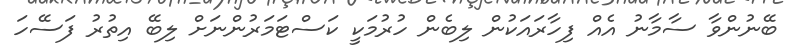
ބޭނުންވާ ސާމާނު އެއް ފިހާރައަކުން ލިބެން ހުރުމަކީ ކަސްޓަމަރުންނަށް ލިބޭ އިތުރު ފަސޭހަ